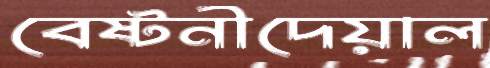
বেষ্টনীদেয়াল